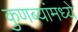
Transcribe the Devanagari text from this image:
कुणब्यांमध्ये